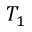
T _ { 1 }